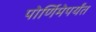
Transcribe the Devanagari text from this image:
पोर्णिमेपर्यंत